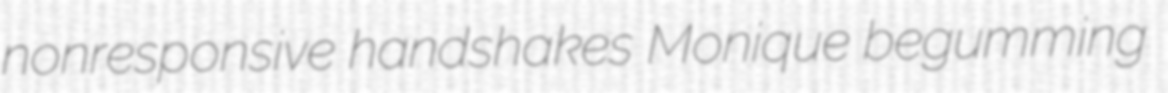
nonresponsive handshakes Monique begumming